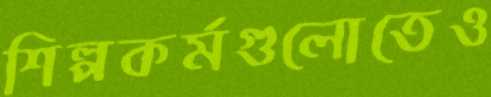
শিল্পকর্মগুলোতেও